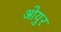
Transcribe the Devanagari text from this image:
ओयुर